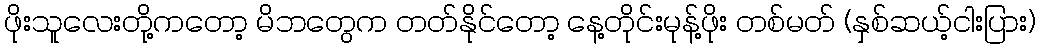
ဖိုးသူလေးတို့ကတော့ မိဘတွေက တတ်နိုင်တော့ နေ့တိုင်းမုန့်ဖိုး တစ်မတ် (နှစ်ဆယ့်ငါးပြား)